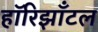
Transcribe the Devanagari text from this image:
हॉरिझाँटल